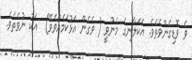
ވެ ވޮޑިގެންވެތެވެ. އެކަލާނގެ މެނުވީ ( ވެގެން އަޅުކަމެއްވެވޭ)  އަކު ނުވެތެވެ.